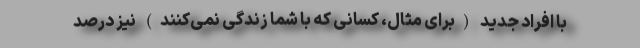
با افراد جدید (برای مثال، کسانی که با شما زندگی نمی‌کنند) نیز درصد